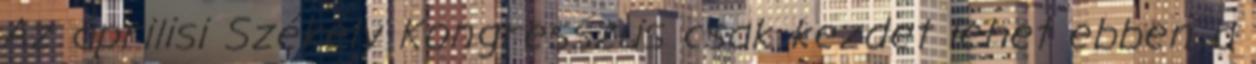
Az áprilisi Székely Kongresszus csak kezdet lehet ebben a